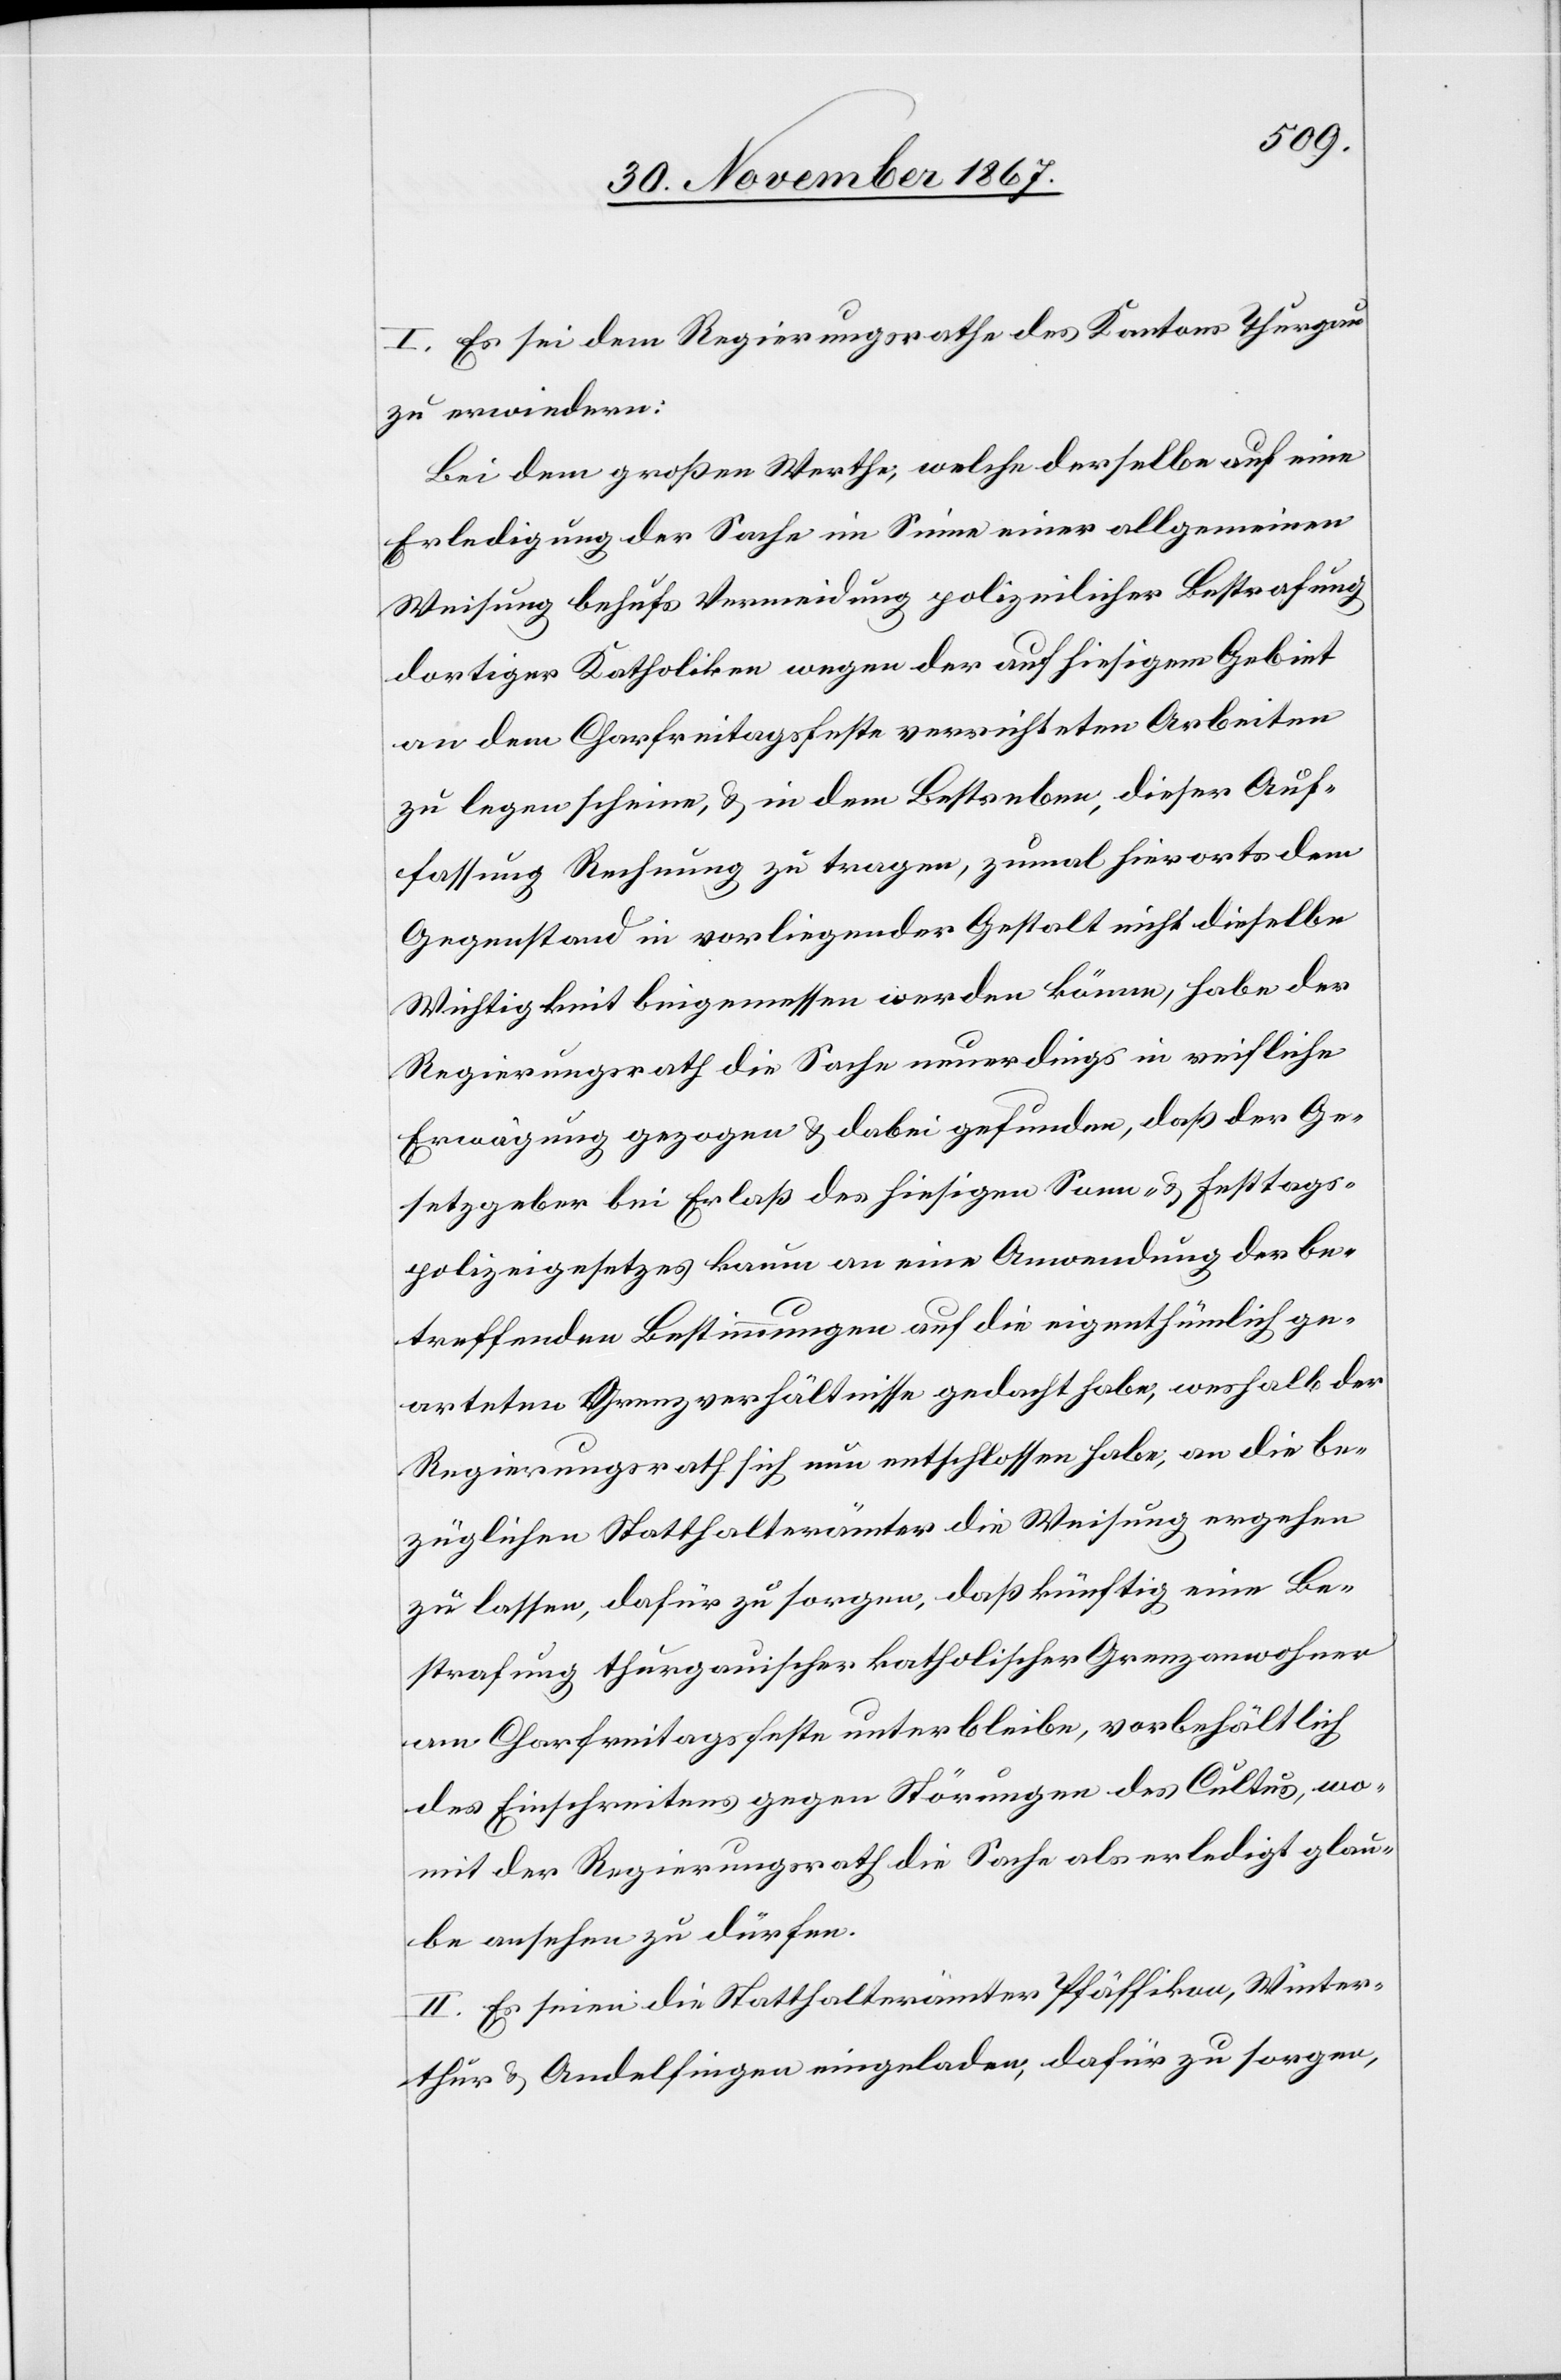
I. Es sei dem Regierungsrathe des Kantons Thurgau
zu erwiedern:
Bei dem großen Werthe, welche derselbe auf eine
Erledigung der Sache im Sinne einer allgemeinen
Weisung behufs Vermeidung polizeilicher Bestrafung
dortiger Katholiken wegen der auf hiesigem Gebiet
an dem Charfreitagsfeste verrichteten Arbeiten
zu legen scheine, u. in dem Bestreben, dieser Auf¬
fassung Rechnung zu tragen, zumal hierorts dem
Gegenstand in vorliegender Gestalt nicht dieselbe
Wichtigkeit beigemessen werden könne, habe der
Regierungsrath die Sache neuerdings in reifliche
Erwägung gezogen u. dabei gefunden, daß der Ge¬
setzgeber bei Erlaß des hiesigen Sonn- u. Festtags¬
polizeigesetzes kaum an eine Anwendung der be¬
treffenden Bestimmungen auf die eigenthümlich ge¬
arteten Grenzverhältnisse gedacht habe, weshalb der
Regierungsrath sich nun entschlossen habe, an die be¬
züglichen Statthalterämter die Weisung ergehen
zu lassen, dafür zu sorgen, daß künftig eine Be¬
strafung thurgauischer katholischer Grenzanwohner
am Charfreitagsfeste unterbleibe, vorbehältlich
des Einschreitens gegen Störungen des Cultus, wo¬
mit der Regierungsrath die Sache als erledigt glau¬
be ansehen zu dürfen.
II. Es seien die Statthalterämter Pfäffikon, Winter¬
thur u. Andelfingen eingeladen, dafür zu sorgen,